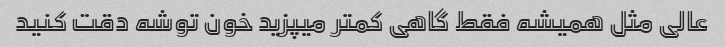
عالی مثل همیشه فقط گاهی کمتر میپزید خون توشه دقت کنید